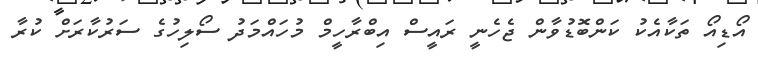
އޯޑިއޯ ތަކާއެކު ކަންބޮޑުވާން ޖެހެނީ ރައީސް އިބްރާހީމް މުހައްމަދު ސޯލިހުގެ ސަރުކާރަށް ކުރާ